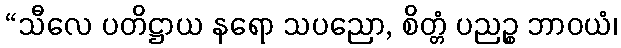
“သီလေ ပတိဋ္ဌာယ နရော သပညော, စိတ္တံ ပညဉ္စ ဘာဝယံ၊